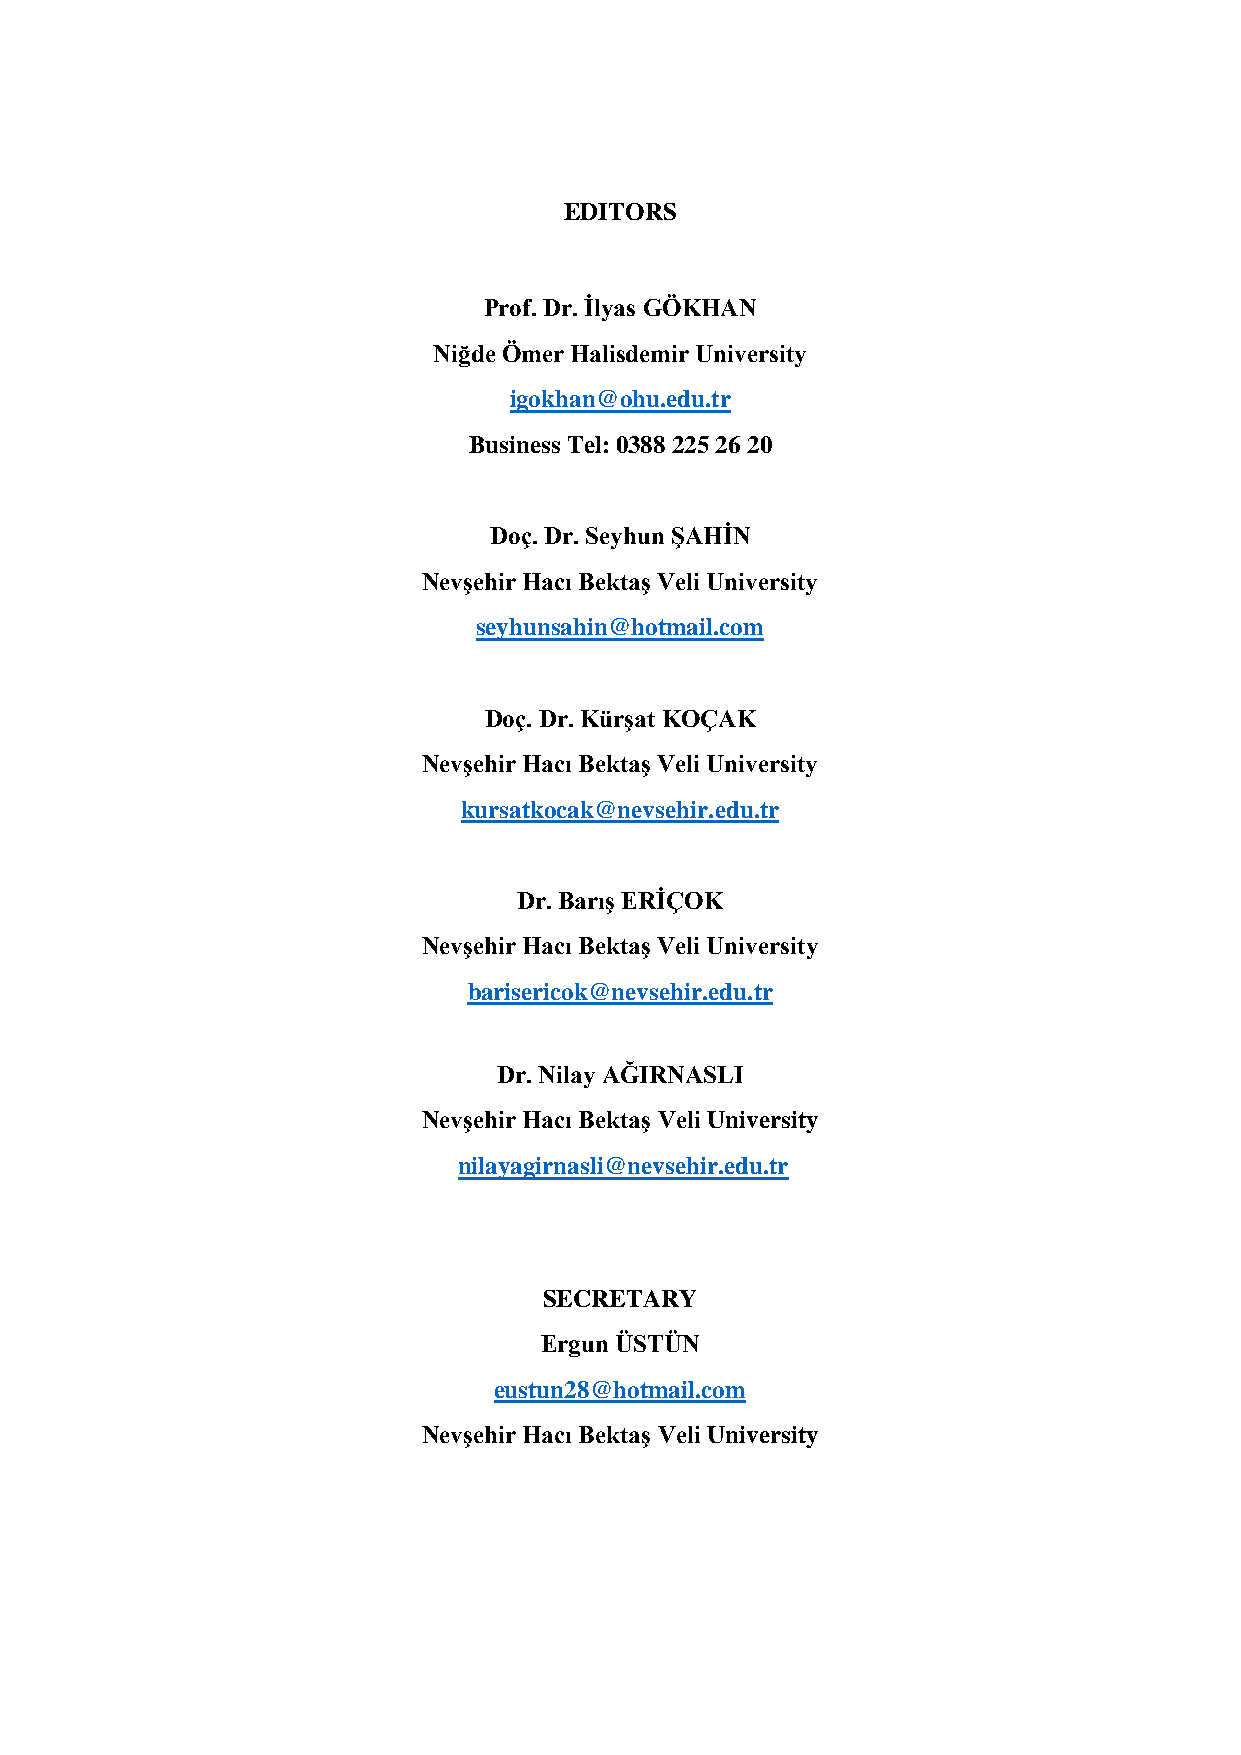
EDITORS
 Prof. Dr. İlyas GÖKHAN
 Niğde Ömer Halisdemir University
 igokhan@ohu.edu.tr
 Business Tel: 0388 225 26 20
 Doç. Dr. Seyhun ŞAHİN
 Nevşehir Hacı Bektaş Veli University
 seyhunsahin@hotmail.com
 Doç. Dr. Kürşat KOÇAK
 Nevşehir Hacı Bektaş Veli University
 kursatkocak@nevsehir.edu.tr
 Dr. Barış ERİÇOK
 Nevşehir Hacı Bektaş Veli University
 barisericok@nevsehir.edu.tr
 Dr. Nilay AĞIRNASLI
 Nevşehir Hacı Bektaş Veli University
 nilayagirnasli@nevsehir.edu.tr
 SECRETARY
 Ergun ÜSTÜN
 eustun28@hotmail.com
 Nevşehir Hacı Bektaş Veli University